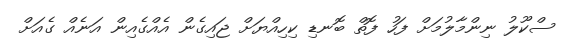
ސްކޫލު ނިންމާލުމަށް ފަހު ފޮތް ބޮނޑި ކިހިއްޔަށް ޖައިގެން އެއްގެއިން އަނެއް ގެއަށް